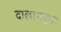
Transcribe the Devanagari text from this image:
दालाननुमा